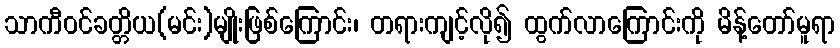
သာကီဝင်ခတ္တိယ(မင်း)မျိုးဖြစ်ကြောင်း၊ တရားကျင့်လို၍ ထွက်လာကြောင်းကို မိန့်တော်မူရာ